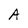
Character: A